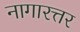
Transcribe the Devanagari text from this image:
नागारत्तर